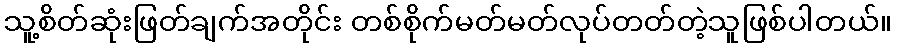
သူ့စိတ်ဆုံးဖြတ်ချက်အတိုင်း တစ်စိုက်မတ်မတ်လုပ်တတ်တဲ့သူဖြစ်ပါတယ်။